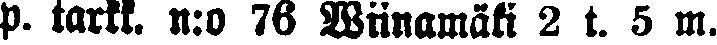
p. tarkk. n:o 76 Wiinamäki 2 t. 5 m.